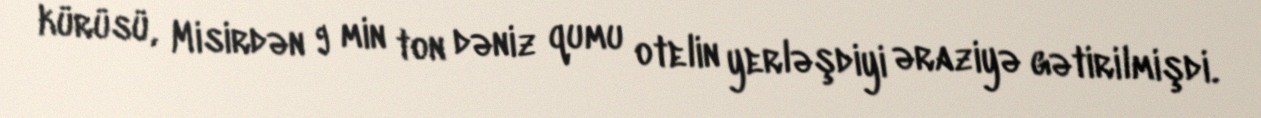
kürüsü, Misirdən 9 min ton dəniz qumu otelin yerləşdiyi əraziyə gətirilmişdi.